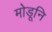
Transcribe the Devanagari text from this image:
मोडूनि